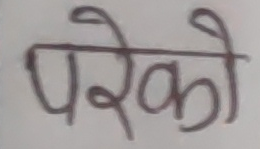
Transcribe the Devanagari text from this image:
परेको